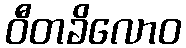
ဝီတခိလောဝ